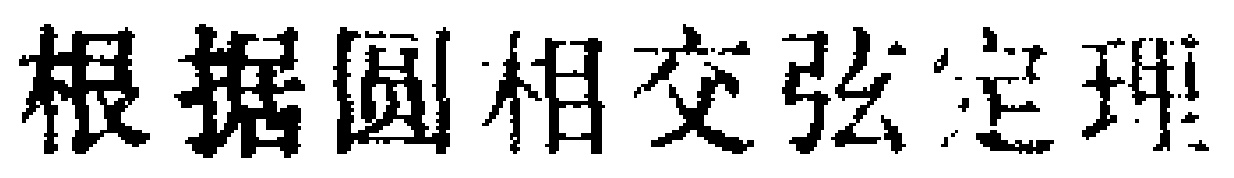
根据圆相交弦定理